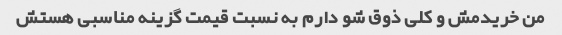
من خریدمش و کلی ذوق شو دارم به نسبت قیمت گزینه مناسبی هستش